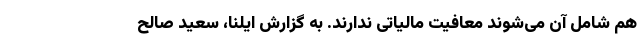
هم شامل آن می‌شوند معافیت مالیاتی ندارند. به گزارش ایلنا، سعید صالح